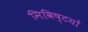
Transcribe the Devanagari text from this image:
निविष्टयों